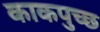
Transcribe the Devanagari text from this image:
काकपुच्छ